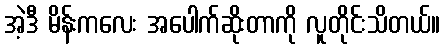
အဲ့ဒီ မိန်းကလေး အပေါက်ဆိုးတာကို လူတိုင်းသိတယ်။